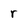
Character: r